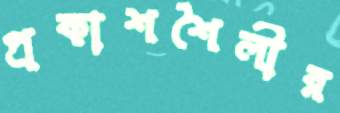
প্রকাশশৈলীর